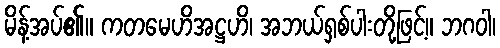
မိန့်အပ်၏။ ကတမေဟိအဋ္ဌဟိ၊ အဘယ်ရှစ်ပါးတို့ဖြင့်။ ဘဂဝါ၊